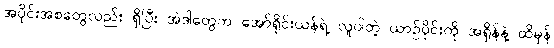
အပိုင်းအစတွေလည်း ရှိပြီး အဲဒါတွေက အော်ရိုင်းယန်ရဲ့ လူပါတဲ့ ယာဉ်ပိုင်းကို အရှိန်နဲ့ ထိမှန်